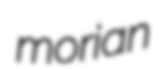
morian